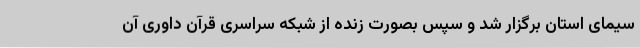
سیمای استان برگزار شد و سپس بصورت زنده از شبکه سراسری قرآن داوری آن